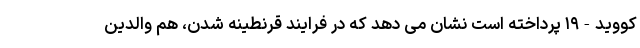
کووید-۱۹ پرداخته است نشان می دهد که در فرایند قرنطینه شدن، هم والدین